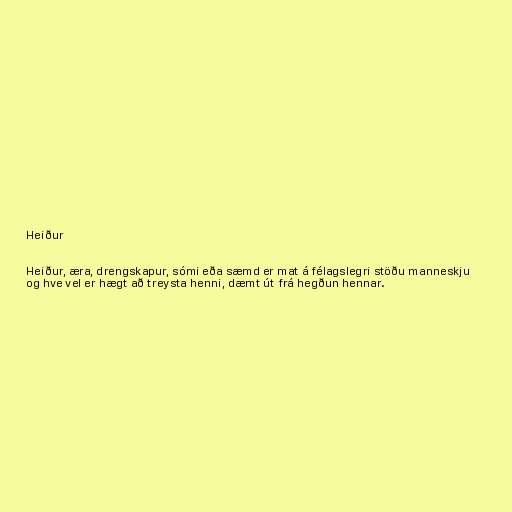
Heiður

Heiður, æra, drengskapur, sómi eða sæmd er mat á félagslegri stöðu manneskju
og hve vel er hægt að treysta henni, dæmt út frá hegðun hennar.